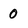
Character: 0